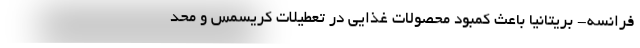
فرانسه- بریتانیا باعث کمبود محصولات غذایی در تعطیلات کریسمس و محد